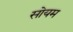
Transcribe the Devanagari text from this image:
सोयम